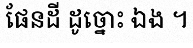
ផែនដី ដូច្នោះ ឯង ។